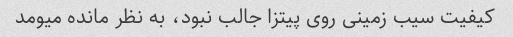
کیفیت سیب زمینی روی پیتزا جالب نبود، به نظر مانده میومد